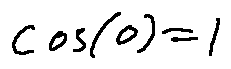
\cos ( 0 ) = 1